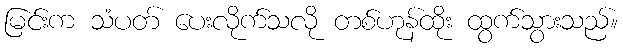
မြင်းက သံပတ် ပေးလိုက်သလို တစ်ဟုန်ထိုး ထွက်သွားသည်။